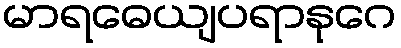
မာရဓေယျပရာနုဂေ